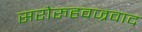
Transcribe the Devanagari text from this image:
सरोरुहवज्रवाद